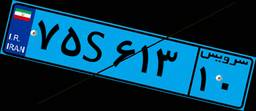
۷۵S۶۱۳۱۰